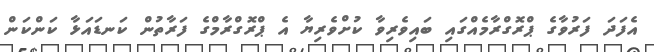
އެފަދަ ފަރުވާގެ ޕްރޮގްރާމެއްގައި ބައިވެރިވާ ކުށްވެރިޔާ އެ ޕްރޮގްރާމްގެ ފަރާތުން ކަނޑައަޅާ ކަންކަން